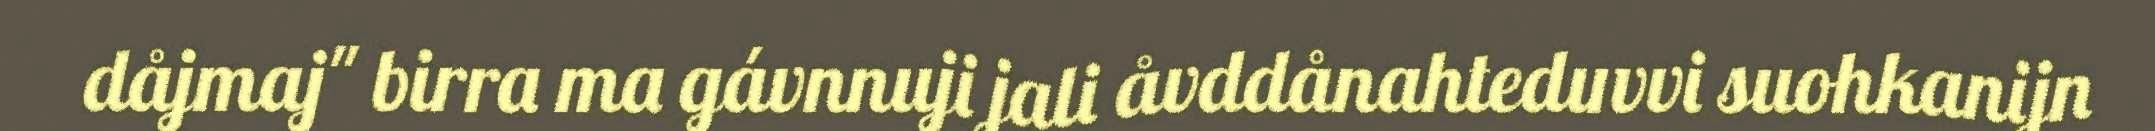
dåjmaj" birra ma gávnnuji jali åvddånahteduvvi suohkanijn